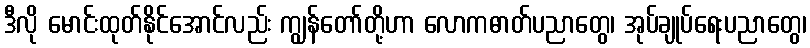
ဒီလို မောင်းထုတ်နိုင်အောင်လည်း ကျွန်တော်တို့ဟာ လောကဓာတ်ပညာတွေ၊ အုပ်ချုပ်ရေးပညာတွေ၊